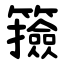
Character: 籡